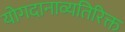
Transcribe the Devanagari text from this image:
योगदानाव्यतिरिक्त